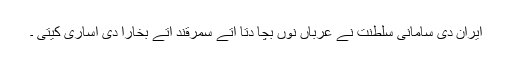
ایران دی سامانی سلطنت نے عرباں نوں بچا دتا اتے سمرقند اتے بخارا دی اساری کیتی ۔